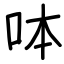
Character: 呠